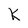
Character: K